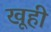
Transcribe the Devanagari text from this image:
खूही